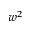
w ^ { 2 }